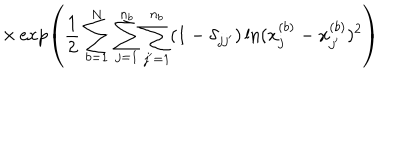
\times \exp \left( \frac { 1 } { 2 } \sum _ { b = 1 } ^ { N } \sum _ { j = 1 } ^ { n _ { b } } \sum _ { j ^ { \prime } = 1 } ^ { n _ { b } } ( 1 - \delta _ { j j ^ { \prime } } ) \ln ( x _ { j } ^ { ( b ) } - x _ { j ^ { \prime } } ^ { ( b ) } ) ^ { 2 } \right)